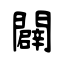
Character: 闢